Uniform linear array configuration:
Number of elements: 48
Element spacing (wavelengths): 0.75
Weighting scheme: binomial
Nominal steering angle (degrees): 0
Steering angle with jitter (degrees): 0.01303
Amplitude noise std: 0.05
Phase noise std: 0.05

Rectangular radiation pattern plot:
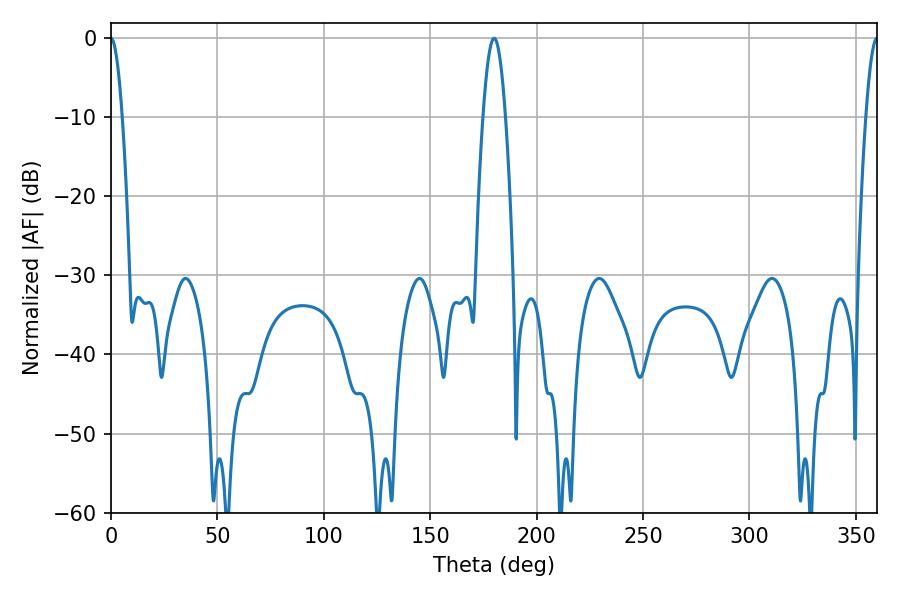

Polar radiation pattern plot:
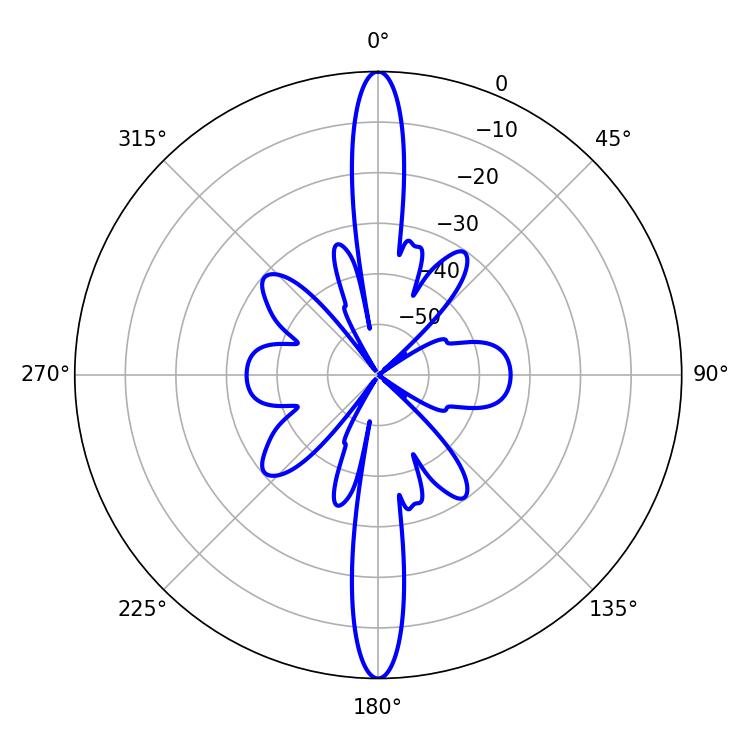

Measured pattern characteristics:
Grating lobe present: TRUE
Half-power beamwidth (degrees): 2.88
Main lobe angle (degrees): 0